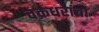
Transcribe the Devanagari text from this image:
चक्रधरांचा